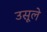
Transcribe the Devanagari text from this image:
उसूले